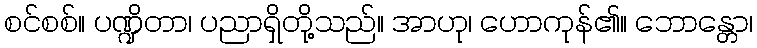
စင်စစ်။ ပဏ္ဍိတာ၊ ပညာရှိတို့သည်။ အာဟု၊ ဟောကုန်၏။ ဘောန္တော၊